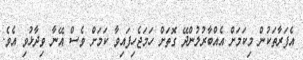
އެފަރާތަކުން މިކަމަށް އެއްބާރުލުންދޭ ގޮތަށް ހަމަޖެހިފައިވާ ކަމަށް ވެސް އޭނާ ވިދާޅުވި އެވެ.